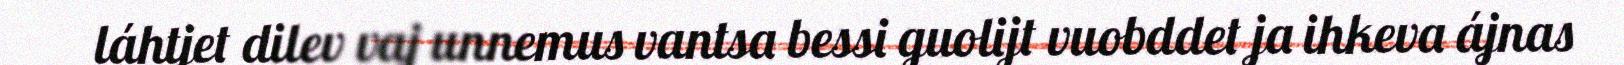
láhtjet dilev vaj unnemus vantsa bessi guolijt vuobddet ja ihkeva ájnas